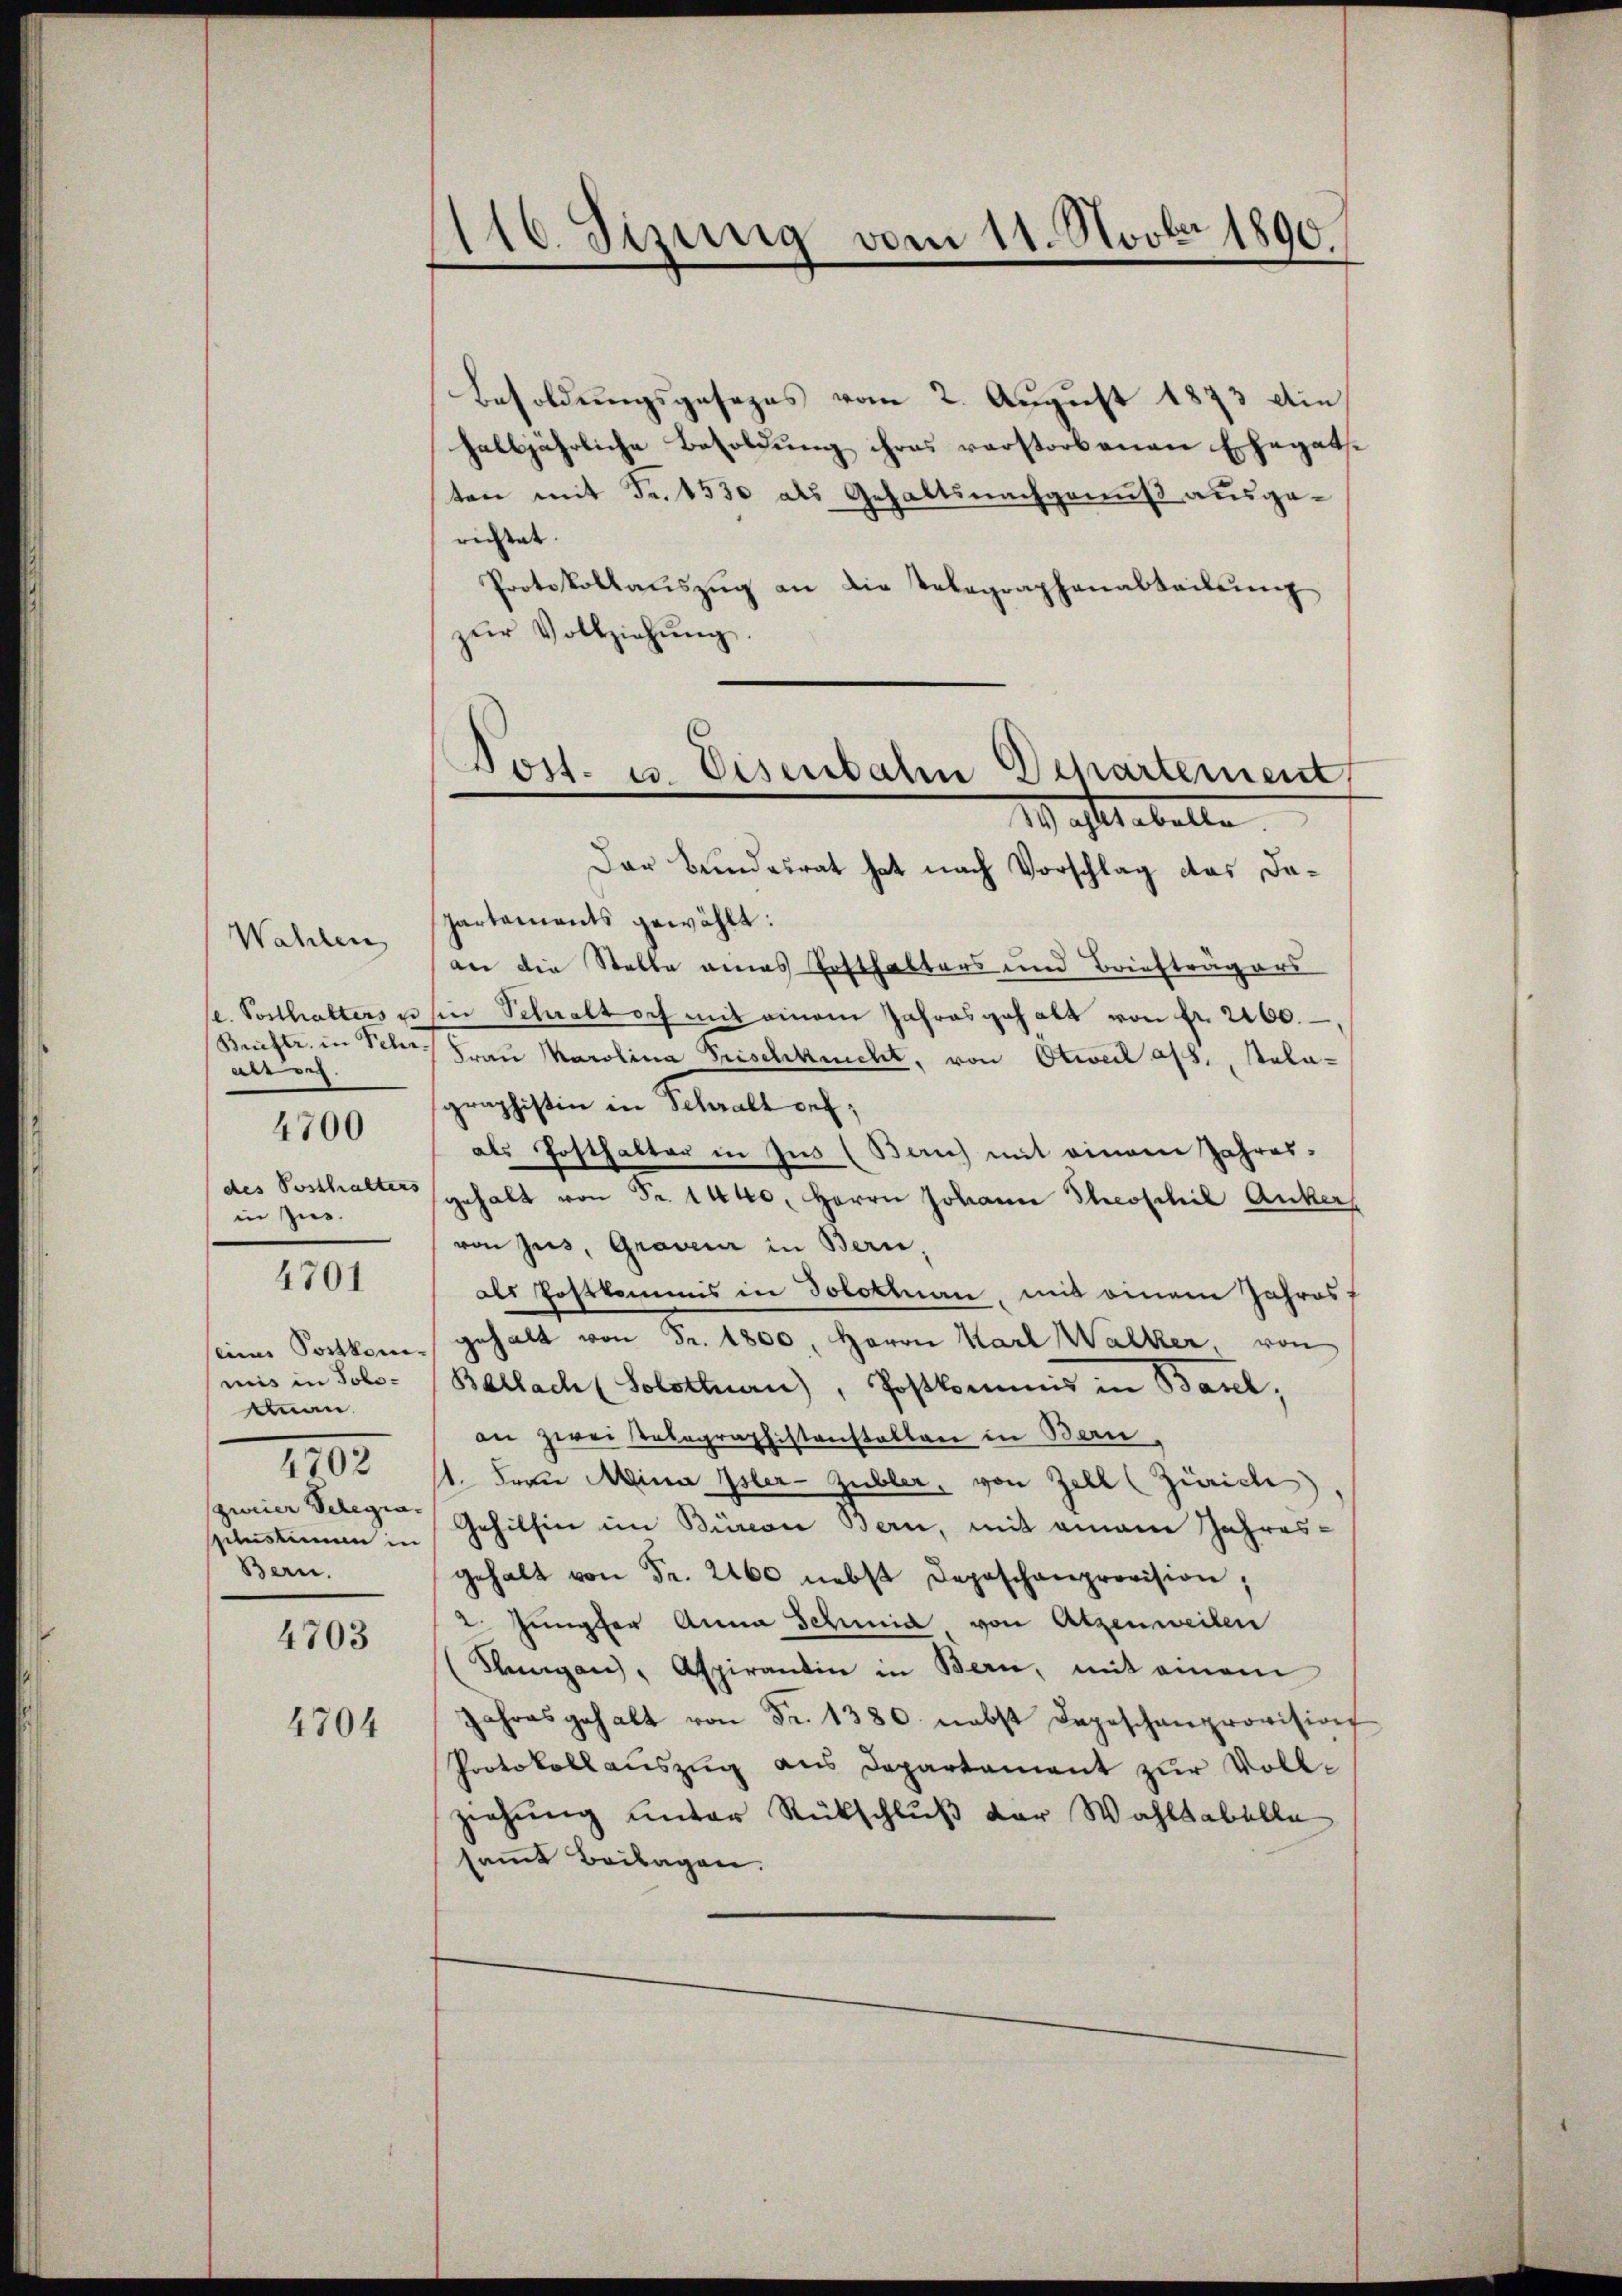
Wahlen
aire.
4700
des Posthalters
in zus.

4701

seines Postkom
mnis in Solo-
sman.
(zweier Telegia,
slustimmen in
Bern.

4702

4703
4704

116. Sizung vom 11. Novbr 1890
.

Besoldungsgesezes vom 2. August 1873 die
halbjährliche Besoldung ihres verstorbenen Ehegatsten mit Fr. 1530 als Gehaltsnachgenuß ausgerichtet.
Protokollauszug an die Telegraphenabteilung
zŭr Vollziehŭng.
Dar Bundesrat hat nach Vorschlag das Da¬
Partements gewählt:
an die Stelle eines Ersthalters und Briefträgers
se. Vorthalters u. sie Schwaltorf mit einem Jahresgehalt von Fr. 2100.
Briefte in Schr. Frau Marolina Frischkricht, von Otweil als, Salagraphistin in Schraltorf,
als Posthalter in Jus (Zürich mit einem Jahressgehalt von Fr. 1440. Herrn Johann Theoschil Anker
von jus, Graveur in Bern,
als Postkommis in Solotinan, mit einem Jahres
gehalt von Fr. 1800. Herrn Karl Walker, von
Ballach (Solothurn), Postkommis in Basel,
an zwei Telegraphistenstalten in Bau
11. Frau Mina Isler Zubler, von Zell (Zürich
Gehilfen im Büren Bern, mit einem Jahres-
gehalt von Fr. 2460 nebst Depeschanprovision;
2. Jungfer Anna Schmid von Atzenweilen
Slungen, Aspirantin in Bern, mit einem
Jahres gehalt von Fr. 1380. nebst Depeschenprovision
Protokollauszug aus Departament zur Vollziehung unter Rückschluß der Wahltabelle
sammt Beilagen.

Post- u. Eisenbahn Departement
29 astrebelte